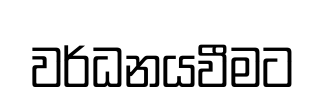
වර්ධනයවීමට